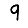
Digit: 9